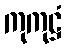
ကုကုဋ္ဌံ